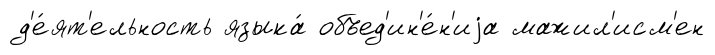
д'е́ят'ельность языка́ объед'ин'е́н'иjа мажил'исм'ен